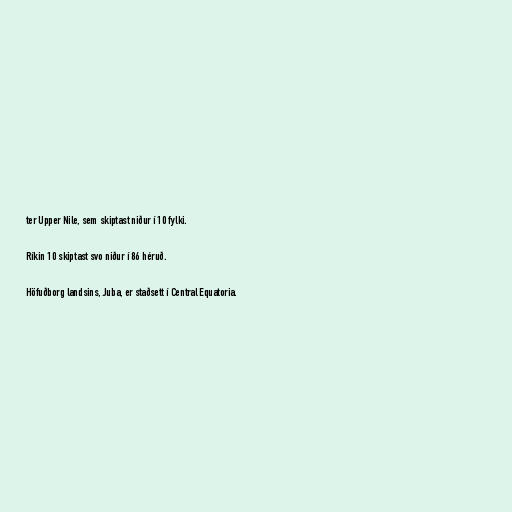
ter Upper Nile, sem skiptast niður í 10 fylki.

Ríkin 10 skiptast svo niður í 86 héruð.

Höfuðborg landsins, Juba, er staðsett í Central Equatoria.